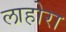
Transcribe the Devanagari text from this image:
लाहोरा